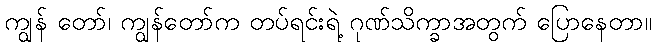
ကျွန် တော်၊ ကျွန်တော်က တပ်ရင်းရဲ့ ဂုဏ်သိက္ခာအတွက် ပြောနေတာ။